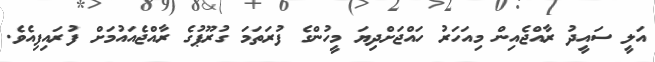
އަލީ ސައީދު ރާއްޖެއިން މިއަހަރު ހައްޖަށްދިޔަ މީހުންގެ ފުރަތަމަ ގުރޫޕުގެ ރާއްޖެއައުމަށް ފުރައިފިއެވެ.